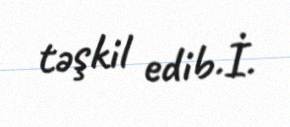
təşkil edib.İ.